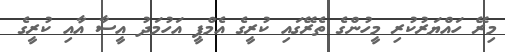
މިރޭ ހައްޔަރުކުރި މީހުންގެ ތެރޭގައި ކުރީގެ އެމްޕީ އަހުމަދު އީސާ އާއި ކުރީގެ